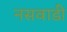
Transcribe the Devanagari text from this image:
नसवाडी